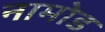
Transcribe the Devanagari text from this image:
नामोड